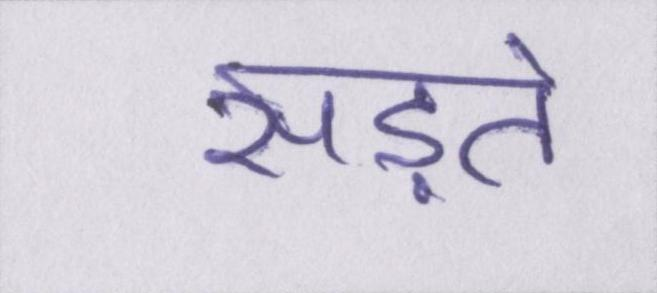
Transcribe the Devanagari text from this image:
सड़ते